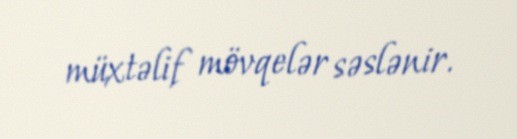
müxtəlif mövqelər səslənir.